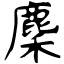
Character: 麇